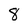
Character: 8